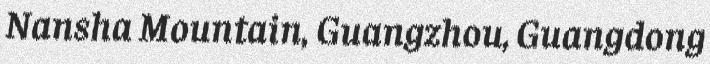
Nansha Mountain, Guangzhou, Guangdong